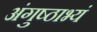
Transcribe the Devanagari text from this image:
अंगुष्ठाभ्यं